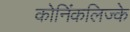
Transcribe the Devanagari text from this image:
कोनिंकलिज्के